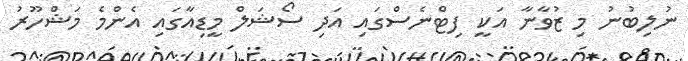
ނުލިބުނު މި ޒުވާނާ އަކީ ފިޓްނެސްގައި އަދި ސޯޝަލް މީޑިއާގައި އެންމެ މަޝްހޫރު